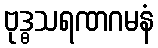
ဗုဒ္ဓသရဏဂမနံ